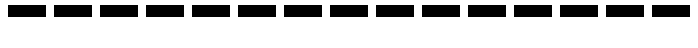
---------------